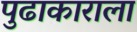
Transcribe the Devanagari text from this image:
पुढाकाराला